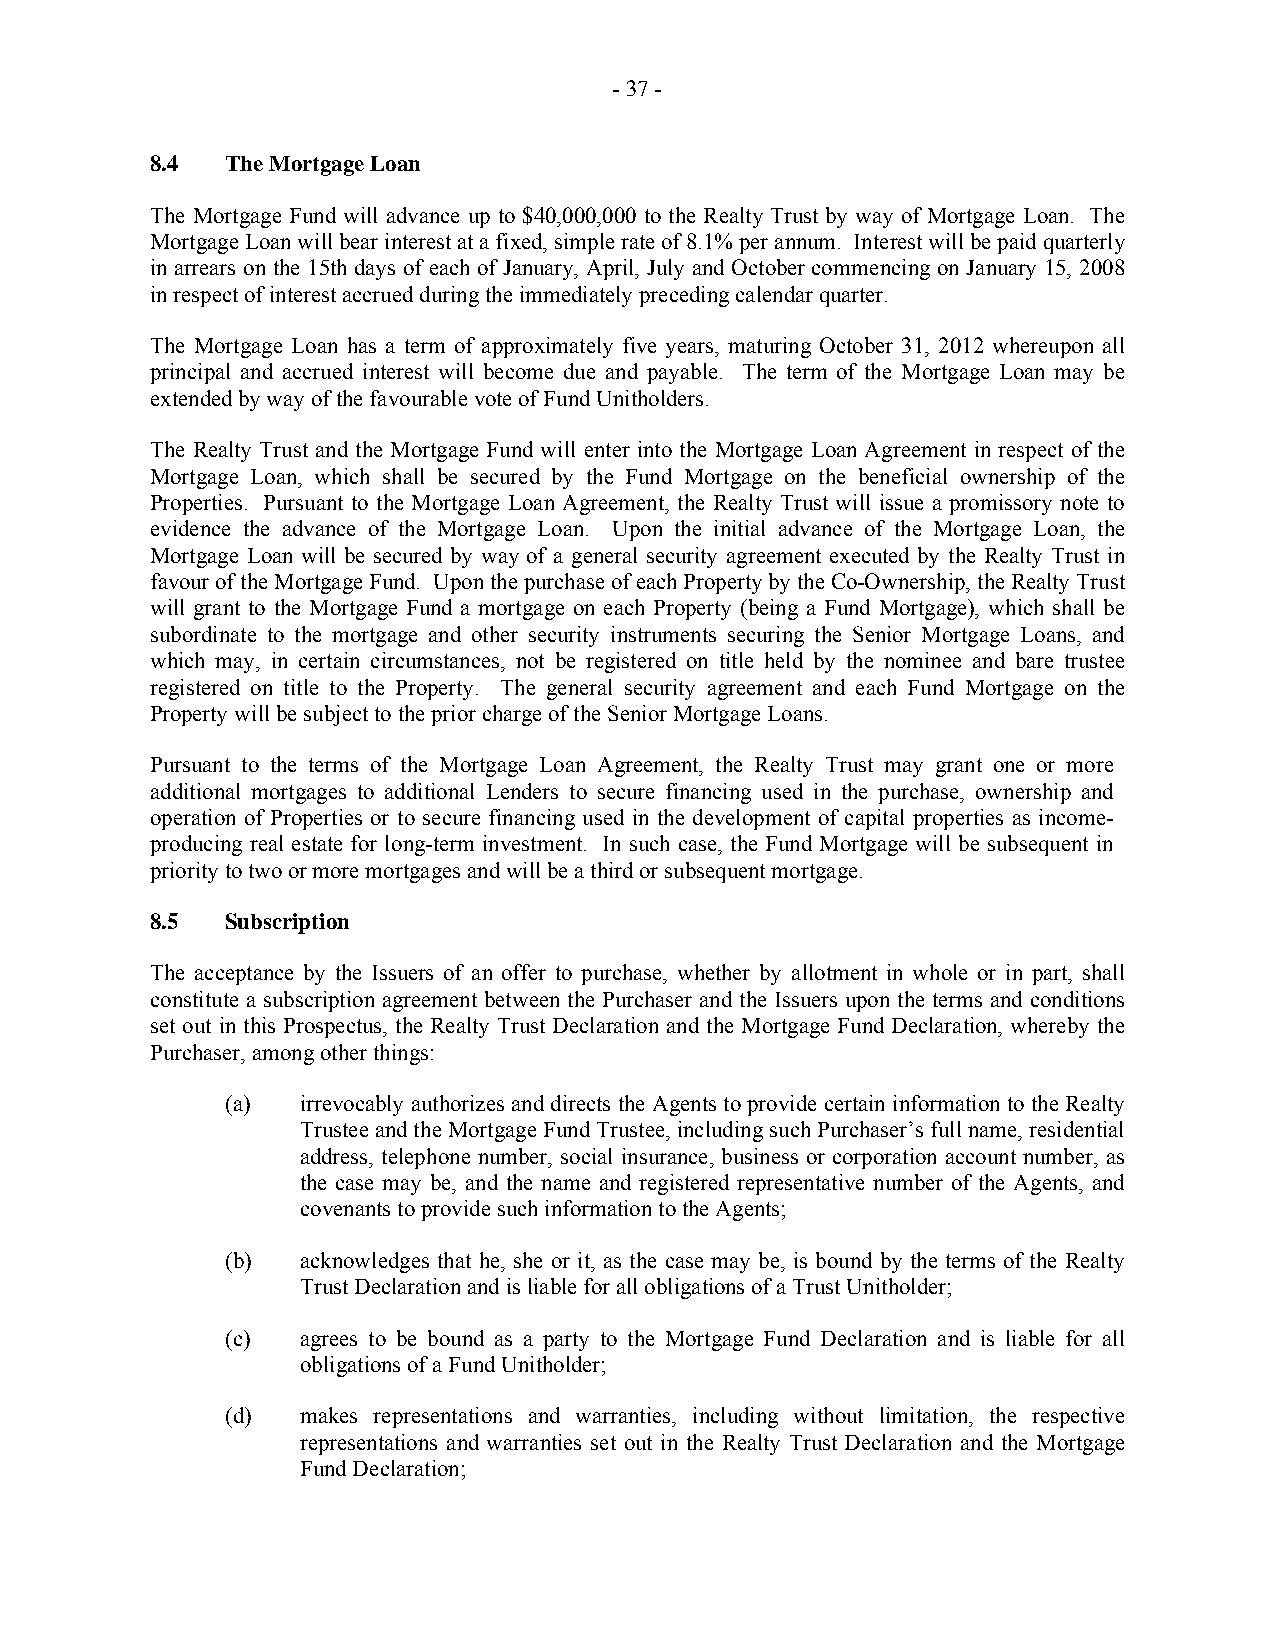
- 37 -
 8.4  The Mortgage Loan
 The Mortgage Fund will advance up to $40,000,000 to the Realty Trust by way of Mortgage Loan. The
 Mortgage Loan will bear interest at a fixed, simple rate of 8.1% per annum. Interest will be paid quarterly
 in arrears on the 15th days of each of January, April, July and October commencing on January 15, 2008
 in respect of interest accrued during the immediately preceding calendar quarter.
 The Mortgage Loan has a term of approximately five years, maturing October 31, 2012 whereupon all
 principal and accrued interest will become due and payable. The term of the Mortgage Loan may be
 extended by way of the favourable vote of Fund Unitholders.
 The Realty Trust and the Mortgage Fund will enter into the Mortgage Loan Agreement in respect of the
 Mortgage Loan, which shall be secured by the Fund Mortgage on the beneficial ownership of the
 Properties. Pursuant to the Mortgage Loan Agreement, the Realty Trust will issue a promissory note to
 evidence the advance of the Mortgage Loan. Upon the initial advance of the Mortgage Loan, the
 Mortgage Loan will be secured by way of a general security agreement executed by the Realty Trust in
 favour of the Mortgage Fund. Upon the purchase of each Property by the Co-Ownership, the Realty Trust
 will grant to the Mortgage Fund a mortgage on each Property (being a Fund Mortgage), which shall be
 subordinate to the mortgage and other security instruments securing the Senior Mortgage Loans, and
 which may, in certain circumstances, not be registered on title held by the nominee and bare trustee
 registered on title to the Property. The general security agreement and each Fund Mortgage on the
 Property will be subject to the prior charge of the Senior Mortgage Loans.
 Pursuant to the terms of the Mortgage Loan Agreement, the Realty Trust may grant one or more
 additional mortgages to additional Lenders to secure financing used in the purchase, ownership and
 operation of Properties or to secure financing used in the development of capital properties as income-
 producing real estate for long-term investment. In such case, the Fund Mortgage will be subsequent in
 priority to two or more mortgages and will be a third or subsequent mortgage.
 8.5  Subscription
 The acceptance by the Issuers of an offer to purchase, whether by allotment in whole or in part, shall
 constitute a subscription agreement between the Purchaser and the Issuers upon the terms and conditions
 set out in this Prospectus, the Realty Trust Declaration and the Mortgage Fund Declaration, whereby the
 Purchaser, among other things:
 (a)  irrevocably authorizes and directs the Agents to provide certain information to the Realty
 Trustee and the Mortgage Fund Trustee, including such Purchaser’s full name, residential
 address, telephone number, social insurance, business or corporation account number, as
 the case may be, and the name and registered representative number of the Agents, and
 covenants to provide such information to the Agents;
 (b)  acknowledges that he, she or it, as the case may be, is bound by the terms of the Realty
 Trust Declaration and is liable for all obligations of a Trust Unitholder;
 (c)  agrees to be bound as a party to the Mortgage Fund Declaration and is liable for all
 obligations of a Fund Unitholder;
 (d)  makes representations and warranties, including without limitation, the respective
 representations and warranties set out in the Realty Trust Declaration and the Mortgage
 Fund Declaration;